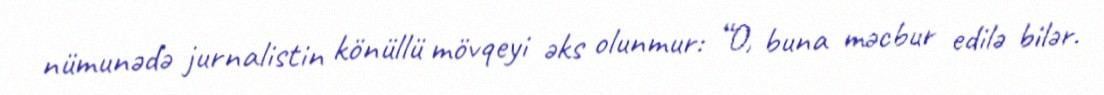
nümunədə jurnalistin könüllü mövqeyi əks olunmur: “O, buna məcbur edilə bilər.